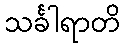
သင်္ခါရာတိ